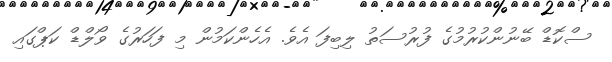
ސްކޮޑް ބޭނުންކުރުމުގެ ފުރުސަތު ލިބިފަ އެވެ. އެހެންކަމުން މި ފަހަރުގެ ވޯލްޑް ކަޕްގައި